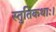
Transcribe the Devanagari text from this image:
स्तुतिकथाः।